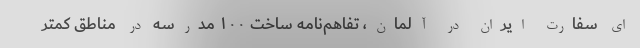
ای سفارت ایران در آلمان، تفاهم‌نامه ساخت ۱۰۰ مدرسه در مناطق کمتر